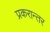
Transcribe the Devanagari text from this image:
प्रकरान्तर